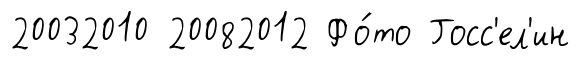
20032010 20082012 Фо́то Госс'ел'ин